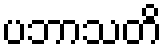
ပဘာသတိ